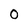
Character: 0